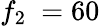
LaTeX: f_{2}~=60